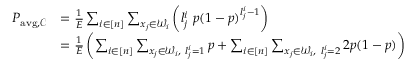
\begin{array} { r l } { P _ { \mathrm { a v g } , \mathcal { C } } } & { = \frac { 1 } { E } \sum _ { i \in [ n ] } \sum _ { x _ { j } \in \mathcal { W } _ { i } } \left( l _ { j } ^ { i } \ p ( 1 - p ) ^ { l _ { j } ^ { i } - 1 } \right) } \\ & { = \frac { 1 } { E } \left( \sum _ { i \in [ n ] } \sum _ { x _ { j } \in \mathcal { W } _ { i } , \ l _ { j } ^ { i } = 1 } p + \sum _ { i \in [ n ] } \sum _ { x _ { j } \in \mathcal { W } _ { i } , \ l _ { j } ^ { i } = 2 } 2 p ( 1 - p ) \right) } \end{array}